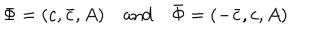
\Phi = ( c , \bar { c } , A ) \quad \mathrm { a n d } \quad \bar { \Phi } = ( - \bar { c } , c , A )